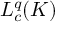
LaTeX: L _ { c } ^ { q } ( K )